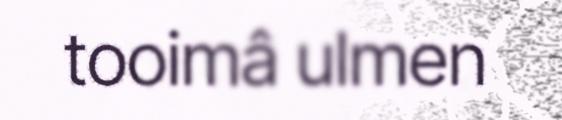
tooimâ ulmen